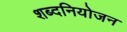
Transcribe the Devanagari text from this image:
शब्दनियोजन